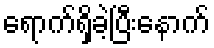
ရောက်ရှိခဲ့ပြီးနောက်